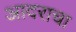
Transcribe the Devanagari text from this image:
आदराचा